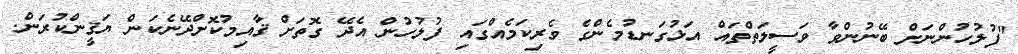
"ފުލުހުންނަށް ބޭނުންވާ ވަސީލަތްތައް އަޅުގަނޑުމެންގެ ވެރިކަމެއްގައި ފުލުހުން އެދޭ ގޮތަށް ޤާއިމުކޮށްދޭނެކަން ޔަޤީންކުރަން.